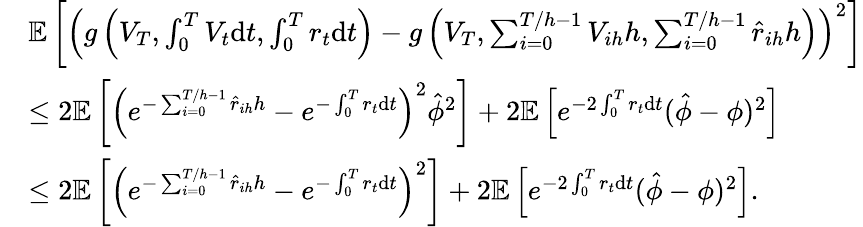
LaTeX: \begin{array}{rl}&{\mathbb{E}\left[\left(g\left(V_{T},\int_{0}^{T}V_{t}\mathrm{d}t,\int_{0}^{T}r_{t}\mathrm{d}t\right)-g\left(V_{T},\sum_{i=0}^{T/h-1}V_{ih}h,\sum_{i=0}^{T/h-1}\hat{r}_{ih}h\right)\right)^{2}\right]}\\ &{\leq 2\mathbb{E}\left[\left(e^{-\sum_{i=0}^{T/h-1}\hat{r}_{ih}h}-e^{-\int_{0}^{T}r_{t}\mathrm{d}t}\right)^{2}\hat{\phi}^{2}\right]+2\mathbb{E}\left[e^{-2\int_{0}^{T}r_{t}\mathrm{d}t}(\hat{\phi}-\phi)^{2}\right]}\\ &{\leq 2\mathbb{E}\left[\left(e^{-\sum_{i=0}^{T/h-1}\hat{r}_{ih}h}-e^{-\int_{0}^{T}r_{t}\mathrm{d}t}\right)^{2}\right]+2\mathbb{E}\left[e^{-2\int_{0}^{T}r_{t}\mathrm{d}t}(\hat{\phi}-\phi)^{2}\right].}\end{array}